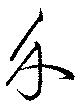
介